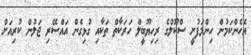
އެހެންކަމުން ހިންމަފުށީ ސްކޫލްގެ ރިހިޔޫބީލް ހަރަކާތް ތަކާއި ގުޅިގެން އައްސޭރި ޖަލުން ކުރިއަށް